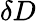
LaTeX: \delta D